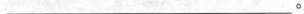
___。